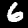
Label: 6